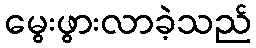
မွေးဖွားလာခဲ့သည်